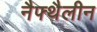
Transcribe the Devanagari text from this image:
नैफ्थैलीन